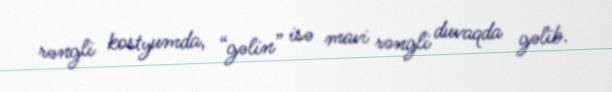
rəngli kostyumda, “gəlin” isə mavi rəngli duvaqda gəlib.